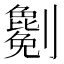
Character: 𠠤